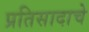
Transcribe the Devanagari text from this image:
प्रतिसादाचे